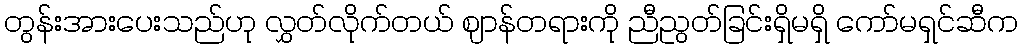
တွန်းအားပေးသည်ဟု လွှတ်လိုက်တယ် ဈာန်တရားကို ညီညွတ်ခြင်းရှိမရှိ ကော်မရှင်ဆီက